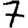
Digit: 7